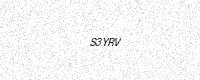
Text: S3YRV